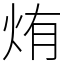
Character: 烠